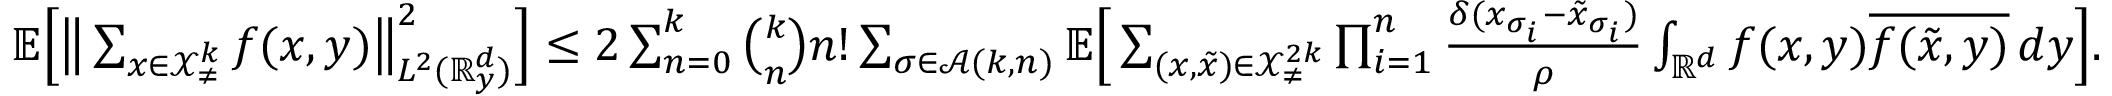
\begin{array} { r } { \mathbb { E } \Big [ \big \lVert \sum _ { \boldsymbol { x } \in \mathcal { X } _ { \neq } ^ { k } } f ( \boldsymbol { x } , y ) \big \rVert _ { L ^ { 2 } ( \mathbb { R } _ { y } ^ { d } ) } ^ { 2 } \Big ] \leq 2 \sum _ { n = 0 } ^ { k } \binom { k } { n } n ! \sum _ { \sigma \in \mathcal { A } ( k , n ) } \mathbb { E } \Big [ \sum _ { ( \boldsymbol { x } , \boldsymbol { \tilde { x } } ) \in \mathcal { X } _ { \neq } ^ { 2 k } } \prod _ { i = 1 } ^ { n } \frac { \delta ( x _ { \sigma _ { i } } - \tilde { x } _ { \sigma _ { i } } ) } { \rho } \int _ { \mathbb { R } ^ { d } } f ( \boldsymbol { x } , y ) \overline { { f ( \boldsymbol { \tilde { x } } , y ) } } \, d y \Big ] . } \end{array}